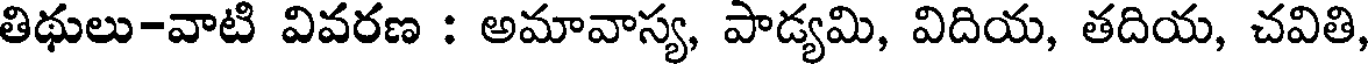
తిథులు-వాటి వివరణ : అమావాస్య, పాడ్యమి, విదియ, తదియ, చవితి,